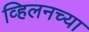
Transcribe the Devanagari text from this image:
व्हिलनच्या